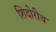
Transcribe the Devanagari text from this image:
शिदोरीच